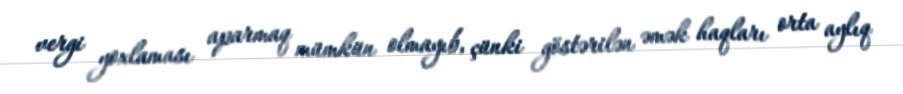
vergi yoxlaması aparmaq mümkün olmayıb, çünki göstərilən əmək haqları orta aylıq